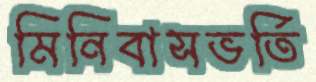
মিনিবাসভর্তি